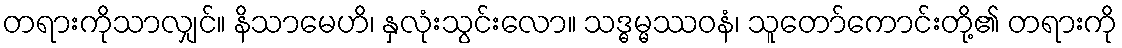
တရားကိုသာလျှင်။ နိသာမေဟိ၊ နှလုံးသွင်းလော။ သဒ္ဓမ္မဿဝနံ၊ သူတော်ကောင်းတို့၏ တရားကို